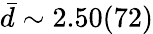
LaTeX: \bar{d}\sim 2.50(72)